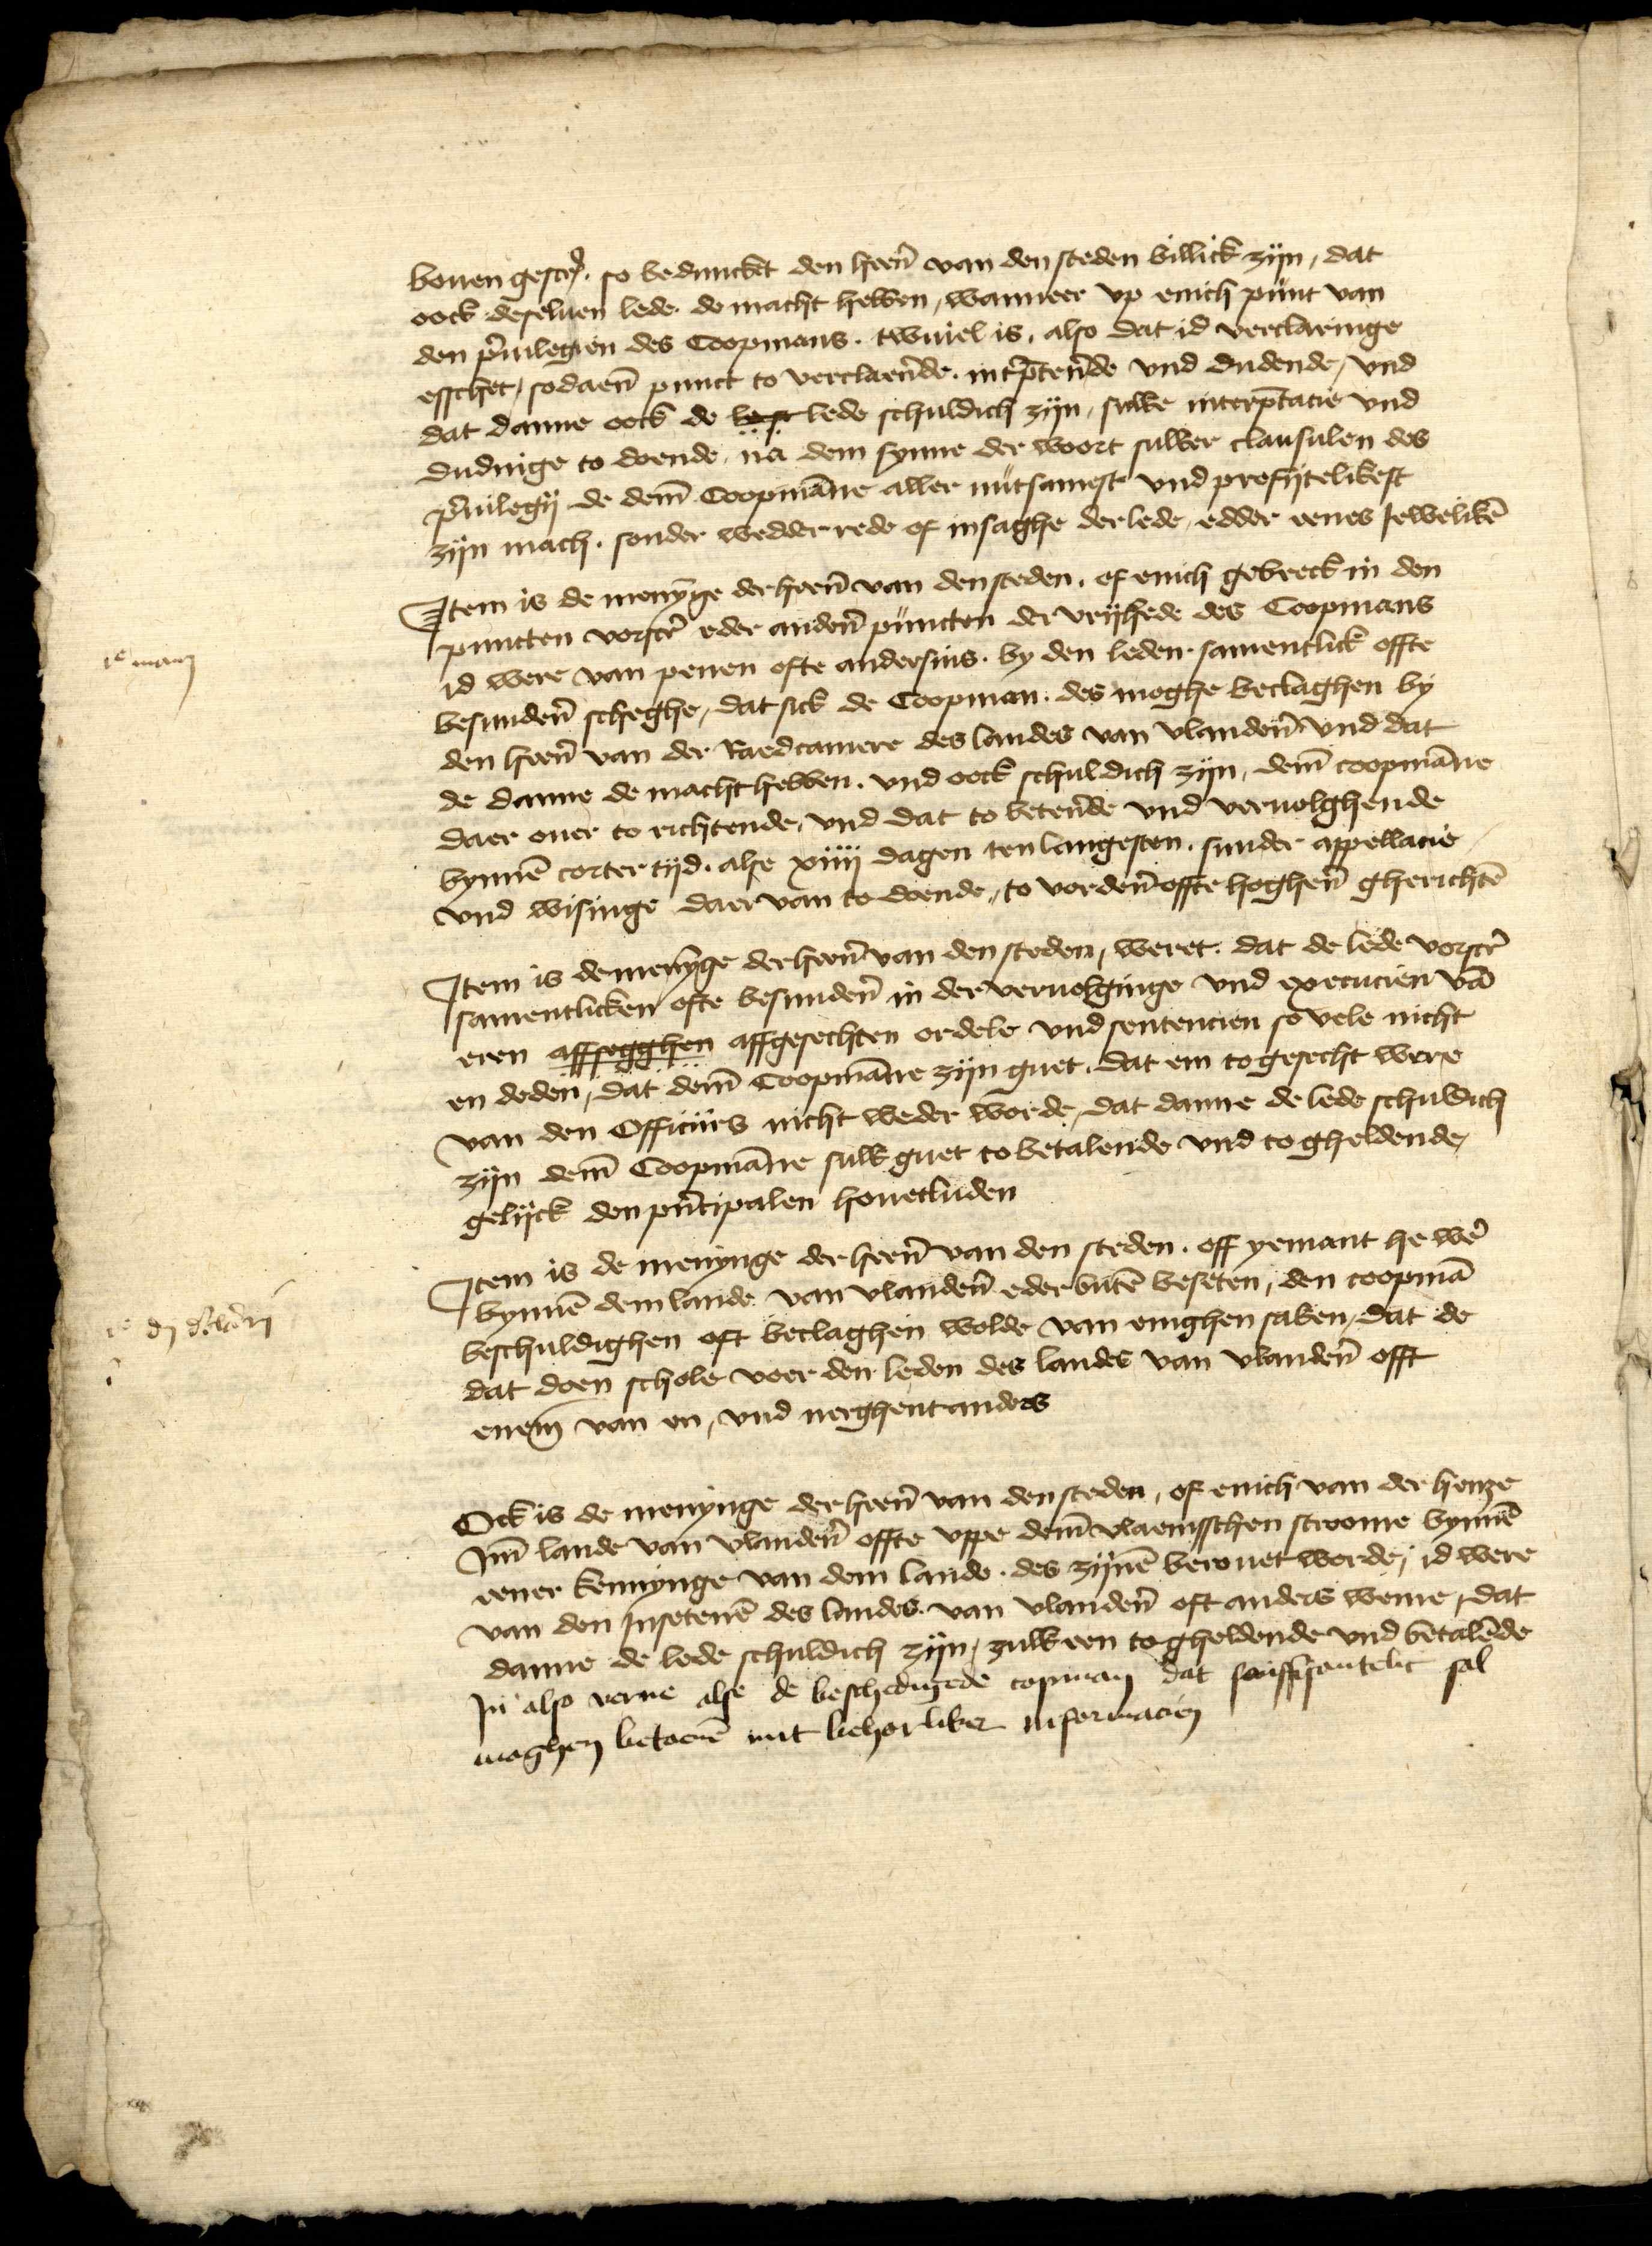
bouen gescreuen so bedunckt den heren van den steden billick zyn, dat
oock deseluen lede de macht hebben, wanneer vp enich punt van
den priuilegien des Coopmans . twiuel is, also dat id verclaringe
esschet, sodaenen punct to verclaẻnde, interpreterende vnd dudende, vnd
dat danne ook de lest lede schuldich zyn, sulke interpretatie vnd
dudinge to doende na dem synne der woort sulker clausulen des
priuilegij de dem Coopmanne aller nutsamest vnd profijtelikest
zyn mach, sonder wedderrede of insaghe der lede, edder eenes Jeweliken

ic maij

Jtem is de menȳge der heẻn van den steden, of enich gebreck in den
puncten vorscrꝬ eder andẻn puncten der vryhede des Coopmans
id were van penen ofte andersins, by den leden, samentlick offte
besundẻn scheghe, dat sick de Coopman, des moghe beclaghen by
den her̉n van der Raedcamere des landes van vlandẻn vnd dat
de danne de macht hebben, vnd oock schuldich zyn, dem coopmāne
daer ouer to richtende, vnd dat to bettẻnde vnd veruolghende
bynnē corter tyd, alse xiiij dagen ten langesten, sunder appellacie
vnd wisinge daer van to doende, to vordẻn offte hoghẻn gherichtē

Jtem is demenȳge der her̉n van den steden, weret dat de lede vorscrꝬ
samentliken ofte besundẻn in der vernolginge vnd ixecucien vā
eren affsegghen affgesechten ordele vnd sentencien so vele nicht
en deden, dat dem̄ Coopmāne zyn guet, dat en togesecht were
van den Officiirs nicht wedder worde, dat danne de lede schuldich
zyn dem̄ Coopmāne sulk guet to betalende vnd to gheldende,
gelyk den p̉ncipalen houetluden

dj Stad

Jtem is de menynge der heẻn van den steden off yemant he wẻ
bynnē dem lande van vlandẻn eder butē beseten, den coopmā
beschuldighen oft beclaghen wolde van enighen saken, dat de
dat doen schole voer den leden des landes van vlandẻn offt
enem van en, vnd nerghent anders

Ock is de menynge der her̉n van den steden, of enich van der henze
Jm lande van vlandẻn offte vppe dem vlaemsschen stroome bynnē
eener kennynge van dem lande des zynē berouet werde; id were
van den Jnsetenē des landes van vlandẻn oft anders weme, dat
danne de lede schuldich zyn, zulkeen togholdende vnd betalēde

Jn also verne alse de beschedigede copman dat sauffisantelic sal
moghen betaenē mit licherliken informacien